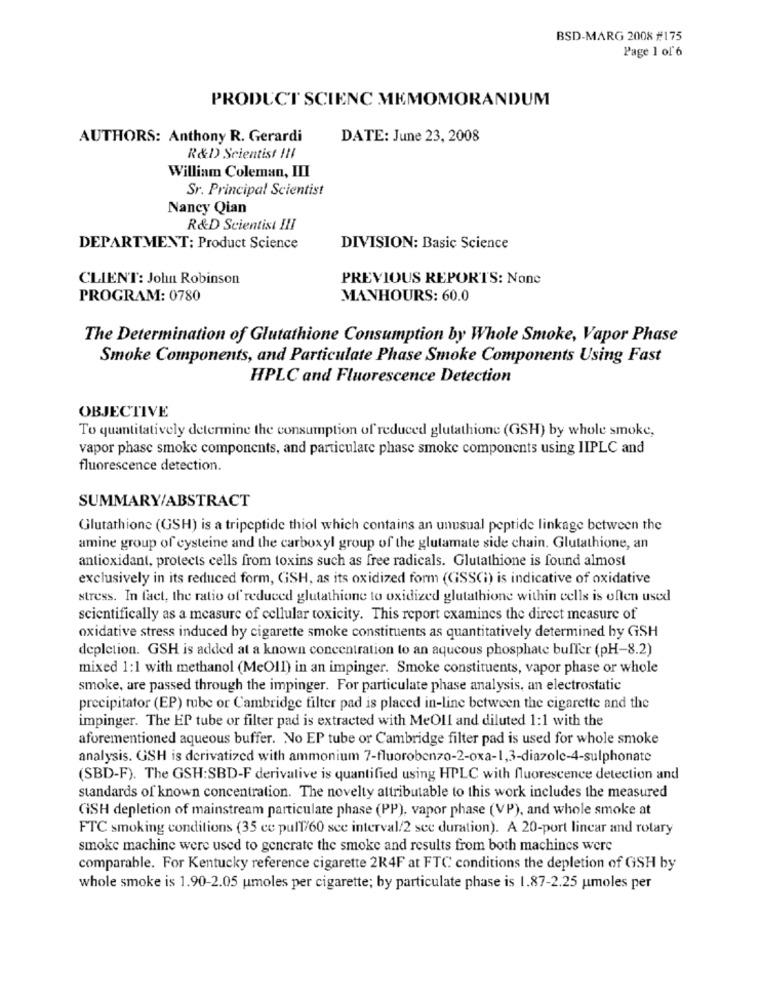
BSD-MARG 2008 #175
Page 1 of 6
PRODUCT SCIENC MEMOMORANDUM
AUTHORS: Anthony R. Gerardi
DATE: June 23, 2008
R&D) Scientist !! I
William Coleman, III
Sr. Principal Scientist
Nancy Qian
R&D Scientist III
DEPARTMENT: Product Science
DIVISION: Basic Science
CLIENT: John Robinson
PREVIOUS REPORTS: None
PROGRAM: 0780
MANHOURS: 60.0
The Determination of Glutathione Consumption by Whole Smoke, Vapor Phase
Smoke Components, and Particulate Phase Smoke Components Using Fast
HPLC and Fluorescence Detection
OBJECTIVE
To quantitatively determine the consumption of reduced glutathione (GSH) by whole smoke,
vapor phase smoke components, and particulate phase smoke components using IIPLC and
fluorescence detection.
SUMMARY/ABSTRACT
Glutathione (GSH) is a tripeptide thiol which contains an unusual peptide linkage between the
amine group of cysteine and the carboxyl group of the glutamate side chain. Glutathione, an
antioxidant, protects cells from toxins such as free radicals. Glutathione is found almost
exclusively in its reduced form, GSH, as its oxidized form (GSSCì) is indicative of oxidative
stress. In fact, the ratio of reduced glutathione to oxidized glutathione within cells is often used
scientifically as a measure of cellular toxicity. This report examines the direct measure of
oxidative stress induced by cigarette smoke constituents as quantitatively determined by GSH
depletion. GSH is added at a known concentration to an aqueous phosphate buffer (pH-8.2)
mixed 1:1 with methanol (MeOIl) in an impinger. Smoke constituents, vapor phase or whole
smoke, are passed through the impinger. For particulate phase analysis, an electrostatic
precipitator (EP) tube or Cambridge filter pad is placed in-line between the cigarette and the
impinger. The EP tube or filter pad is extracted with MeOll and diluted 1:1 with the
aforementioned aqueous buffer. No EP tube or Cambridge filter pad is used for whole smoke
analysis. GSH is derivatized with ammonium 7-fluorobenzo-2-oxa-1,3-diazole-4-sulphonate
(SBD-F). The GSH:SBD-F derivative is quantified using HPLC with fluorescence detection and
standards of known concentration. The novelty attributable to this work includes the measured
CiSH depletion of mainstream particulate phase (PP), vapor phase (VP), and whole smoke at
FTC smoking conditions (35 ce pull/60 sce interval/2 see duration). A 20-port linear and rotary
smoke machine were used to generate the smoke and results from both machines were
comparable. For Kentucky reference cigarette 2R4F at FTC conditions the depletion of GSH by
whole smoke is 1.90-2.05 umoles per cigarette; by particulate phase is 1.87-2.25 umoles per